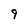
Character: 9